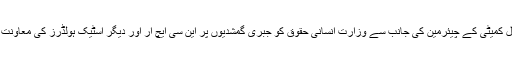
اس موقع پر انہوں نے انسانی حقوق پر سینیٹ کی فعال کمیٹی کے چیئرمین کی جانب سے وزارت انسانی حقوق کو جبری گمشدیوں پر این سی ایچ آر اور دیگر اسٹیک ہولڈرز کی معاونت سے بل کا مسودہ تیار کرنے کا حکم دینے کو سراہا۔